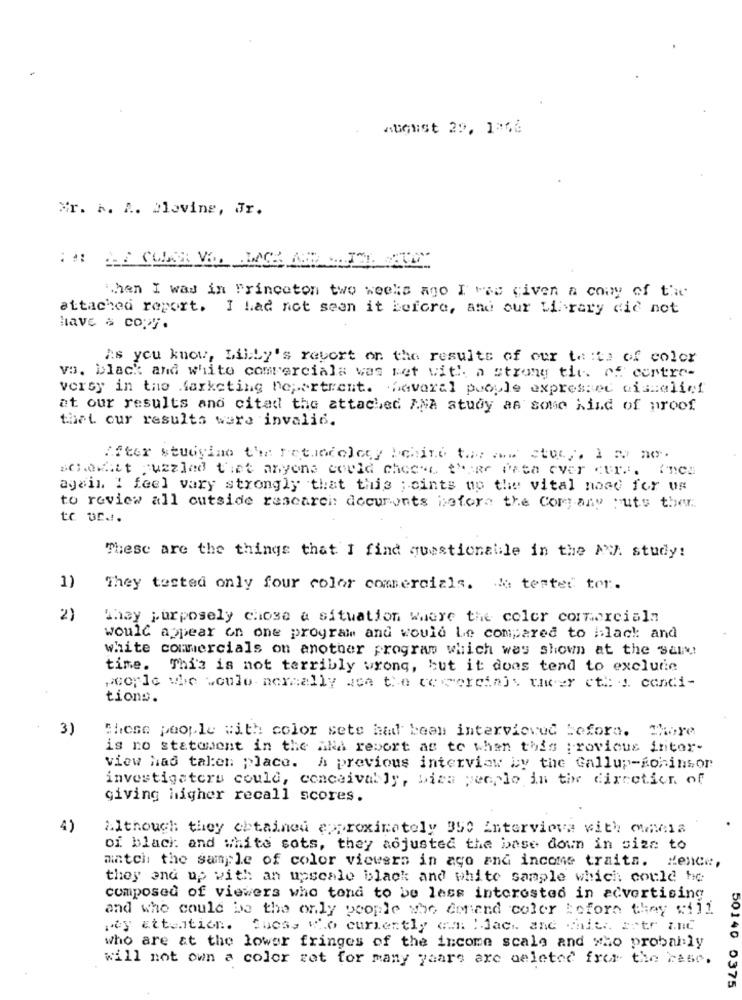
August 29, 1:66
Mr. h. R. Dloving, Jr.
when I was in Princeton two weeks ago I vse civen a cony of the
attached report. I had not seen it before, and our Library did not
have & copy.
As you know, Lilly's report on the results of our taste of color
vs. black and white commercials was met with a strong the os contre-
versy in the farketing ne ;. artrent. haveral pooule expressed ciszalief
at our results and citad the attached ANA study as some Kind of proof
thet our results were invali6.
After studying the rotundoloty !chine t ... ..... ctu ,, 1 5. no.
schekatt puzzled that anyons could cheese theme onea ever curl. (hes
again. I feel vary strongly that this ; cints up the vital noad for us
to review all outside rescarei: decuronts before the Company puts ther.
tc ur ..
These are the things that I find questionable in the AV. study:
1)
They tested only four color commercials. de tested ter.
2)
They purposely chose a situation where the coler commercialn
would appear on one program and would be compared to black and
white commercials on another program which was shown at the saint!
time. This is not terribly wrong, but it does tend to exclude
people whe woule. normally wca the ce corcin)y tiver cti: ". condi-
tions.
3)
these people with color sete had been interviewed before. There
is no statowent in the aka report as to when this ; rovious fritor-
view had taken place. A previous interview by the Gallup-soninsor
investigators could, conceivably, biza people in the direction of
giving higher recall scores.
4)
Although they obtained approximately 350 Intervieve with ownia
of black and white sots, they adjusted the base doun in size to
match the sample of color viewsra in ago and income traits. Hence,
they end up with an upscale black and white sample which could he
composed of viewers who tond to be less interested in advertising
and who could be the only people who demand color before they will
pay attention. Guess who currently am Idach ane chies astr and
who are at the lower fringes of the income scale and who probably
will not own a color rat for many years are deleted from the case.
50140 0375